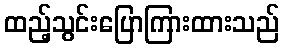
ထည့်သွင်းပြောကြားထားသည်